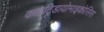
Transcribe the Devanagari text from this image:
काइट्रिडायोमाइकोसिस